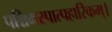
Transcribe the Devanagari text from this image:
पश्चिमस्पात्पहारिकम्।